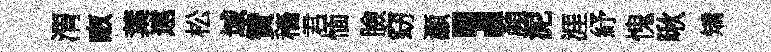
渭畞葉逺松域贊穡君愐臉窈灝，顏泥涯紓愧啾矯